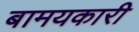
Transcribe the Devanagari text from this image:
बामयकारी